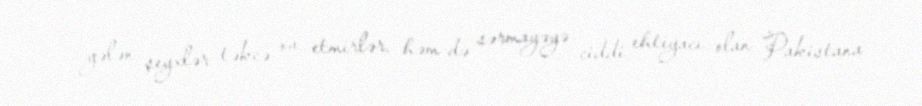
gələn şeyxlər təkcə ov etmirlər, həm də sərmayəyə ciddi ehtiyacı olan Pakistana